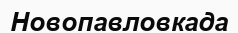
Новопавловкада